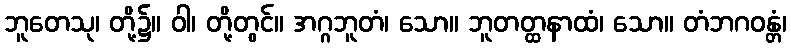
ဘူတေသု၊ တို့၌။ ဝါ၊ တို့တွင်။ အဂ္ဂဘူတံ၊ သော။ ဘူတတ္ထနာထံ၊ သော။ တံဘဂဝန္တံ၊